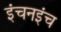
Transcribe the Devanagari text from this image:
इंचनइंच